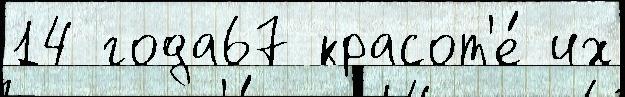
14 года67 красот'е́ их